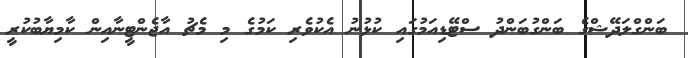
ބަންގްލަދޭޝްގެ ބަންގުބަންދު ސްޓޭޑިއަމުގައި ކުޅުނު އެކުވެރި ކަމުގެ މި މެޗު އާޖެންޓީނާއިން ކާމިޔާބުކުރީ